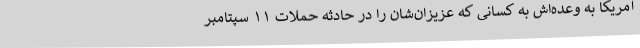
آمریکا به وعده‌اش به کسانی که عزیزان‌شان را در حادثه حملات ۱۱ سپتامبر